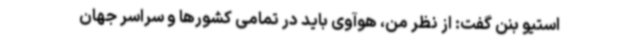
استیو بنن گفت: از نظر من، هوآوی باید در تمامی کشورها و سراسر جهان